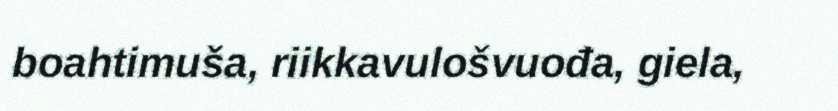
boahtimuša, riikkavulošvuođa, giela,